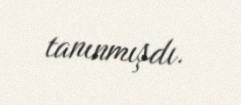
tanınmışdı.